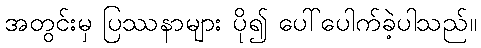
အတွင်းမှ ပြဿနာများ ပို၍ ပေါ်ပေါက်ခဲ့ပါသည်။